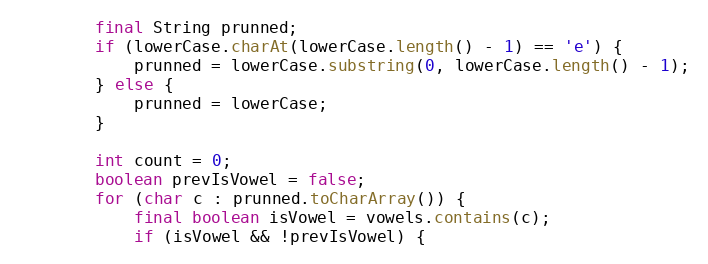
Language: Java
        final String prunned;
        if (lowerCase.charAt(lowerCase.length() - 1) == 'e') {
            prunned = lowerCase.substring(0, lowerCase.length() - 1);
        } else {
            prunned = lowerCase;
        }

        int count = 0;
        boolean prevIsVowel = false;
        for (char c : prunned.toCharArray()) {
            final boolean isVowel = vowels.contains(c);
            if (isVowel && !prevIsVowel) {